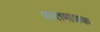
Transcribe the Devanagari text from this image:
सप्तमात्रक